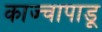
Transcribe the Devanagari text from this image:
काज्चापाडू